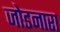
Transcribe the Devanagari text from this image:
जोडनारा